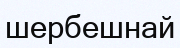
шербешнай